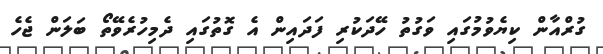
ގުރްއާން ކިޔެވުމުގައި ވަގުތު ހޭދަކުރި ފަދައިން އެ ގޮތުގައި ދެމިހުރެވޭތޯ ބަލަން ޖެހެ